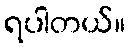
ရပါတယ်။